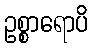
ဥစ္စာရောပိ